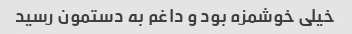
خیلی خوشمزه بود و داغم به دستمون رسید